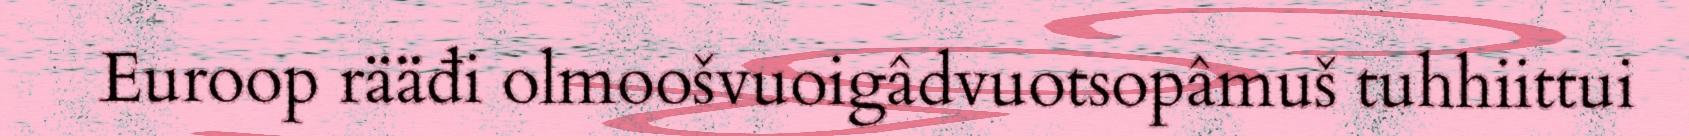
Euroop rääđi olmoošvuoigâdvuotsopâmuš tuhhiittui